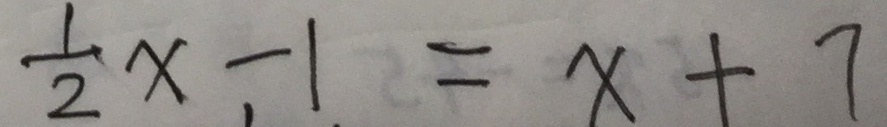
\frac { 1 } { 2 } x - 1 = x + 7